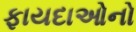
ફાયદાઓનો